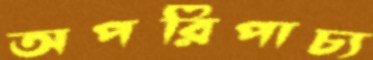
অপরিপাচ্য